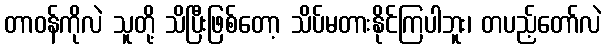
တာဝန်ကိုလဲ သူတို့ သိပြီးဖြစ်တော့ သိပ်မတားနိုင်ကြပါဘူး၊ တပည့်တော်လဲ